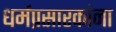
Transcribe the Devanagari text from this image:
धर्मप्रसारकांना